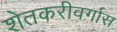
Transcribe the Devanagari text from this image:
शेतकरीवर्गास